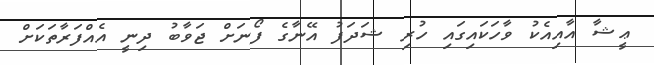
ޢީޝާ އާއިއެކު ވާހަކައިގައި ހުރި ޝަދަފު އޭނާގެ ފޯނަށް ޖަވާބު ދިނީ އެއްފަރާތަކަށް